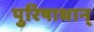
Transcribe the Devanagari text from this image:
पुरिषाधान्